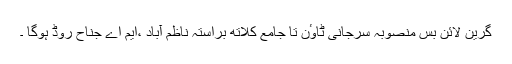
گرین لائن بس منصوبہ سرجانی ٹاوٴن تا جامع کلاتھ براستہ ناظم آباد ،ایم اے جناح روڈ ہوگا ۔